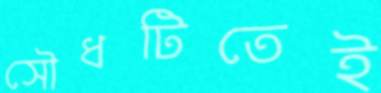
সৌধটিতেই